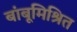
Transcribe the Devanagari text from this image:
बांबूमिश्रित